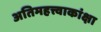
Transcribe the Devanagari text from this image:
अतिमहत्त्वाकांक्षा